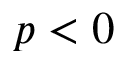
p < 0